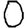
Digit: 0